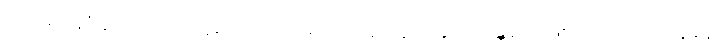
ပြင်ပမှာ အဲဒီလောက်အထိ ပူရင်တောင် အထဲက လူတွေအတွက် အန္တ္တရာယ်ဖြစ်လောက်တဲ့ အပူချိန်